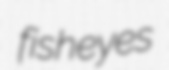
fisheyes